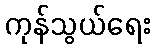
ကုန်သွယ်ရေး